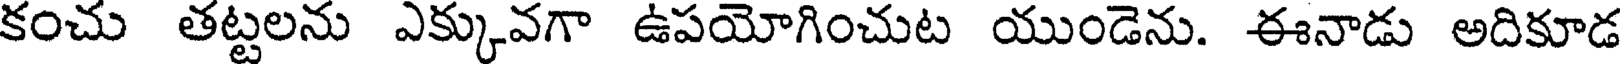
కంచు తట్టలను ఎక్కువగా ఉపయోగించుట యుండెను. ఈనాడు అదికూడ